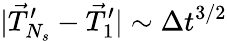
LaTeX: |\vec{T}_{N_{s}}^{\prime}-\vec{T}_{1}^{\prime}|\sim{\Delta t^{3/2}}